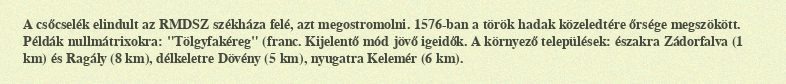
A csőcselék elindult az RMDSZ székháza felé, azt megostromolni. 1576-ban a török hadak közeledtére őrsége megszökött. Példák nullmátrixokra: "Tölgyfakéreg" (franc. Kijelentő mód jövő igeidők. A környező települések: északra Zádorfalva (1 km) és Ragály (8 km), délkeletre Dövény (5 km), nyugatra Kelemér (6 km).